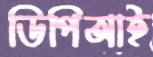
ডিপিআই